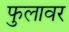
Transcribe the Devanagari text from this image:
फुलावर